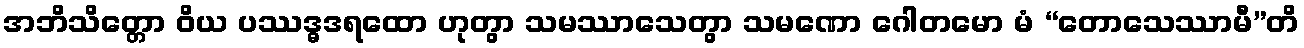
အဘိသိတ္တော ဝိယ ပဿဒ္ဓဒရထော ဟုတွာ သမဿာသေတွာ သမဏော ဂေါတမော မံ “တောသေဿာမီ”တိ